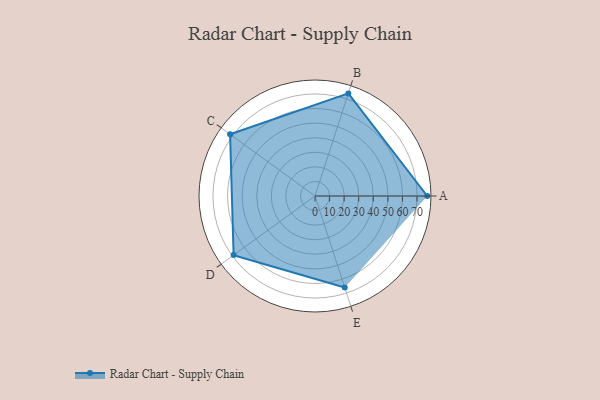
{"axis": {"x": "Skill", "y": "Score"}, "legend": ["Profile"], "data": [{"x": "A", "y": 77.0, "type": "Profile"}, {"x": "B", "y": 74.0, "type": "Profile"}, {"x": "C", "y": 72.0, "type": "Profile"}, {"x": "D", "y": 69.0, "type": "Profile"}, {"x": "E", "y": 66.0, "type": "Profile"}]}